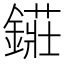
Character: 𨫲